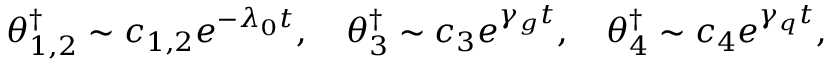
\theta _ { 1 , 2 } ^ { \dagger } \sim c _ { 1 , 2 } e ^ { - \lambda _ { 0 } t } , \quad \theta _ { 3 } ^ { \dagger } \sim c _ { 3 } e ^ { \gamma _ { g } t } , \quad \theta _ { 4 } ^ { \dagger } \sim c _ { 4 } e ^ { \gamma _ { q } t } ,